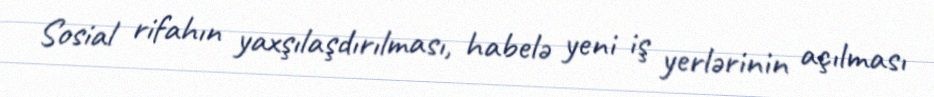
Sosial rifahın yaxşılaşdırılması, habelə yeni iş yerlərinin açılması